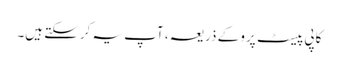
کاپی پیسٹ پرو کے ذریعہ ، آپ یہ کرسکتے ہیں۔